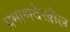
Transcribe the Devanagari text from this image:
प्रमाणदेखील